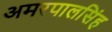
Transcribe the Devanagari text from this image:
अमरपालसिंह